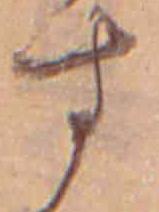
す